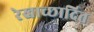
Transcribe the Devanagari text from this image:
रेखाच्छादित